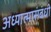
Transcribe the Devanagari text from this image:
अध्यात्मासंबंधी